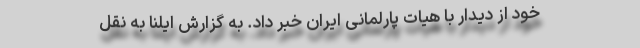
خود از دیدار با هیات پارلمانی ایران خبر داد. به گزارش ایلنا به نقل